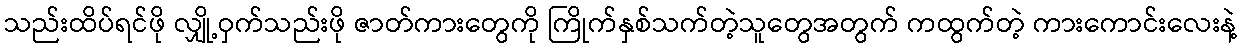
သည်းထိပ်ရင်ဖို လျှို့ဝှက်သည်းဖို ဇာတ်ကားတွေကို ကြိုက်နှစ်သက်တဲ့သူတွေအတွက် ကထွက်တဲ့ ကားကောင်းလေးနဲ့